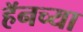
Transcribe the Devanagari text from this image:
हॅनच्या